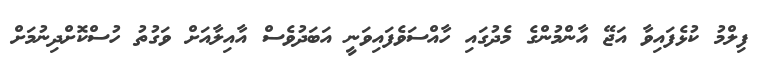
ފިލްމު ކުޅެފައިވާ އަޖޭ އާންމުންގެ މެދުގައި ހާއްސަވެފައިވަނީ އަބަދުވެސް އާއިލާއަށް ވަގުތު ހުސްކޮށްދިނުމަށް